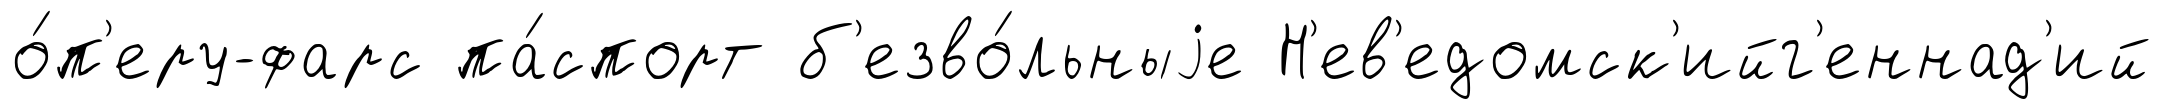
о́п'еру-фарс па́спорт б'езво́льныjе Н'ев'едомск'ийг'еннад'ий